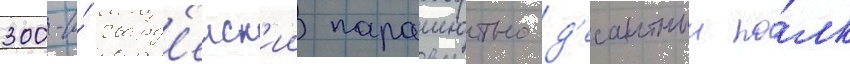
300-и́ гвард'еиск'ии парашютно-д'есантныи по́лк